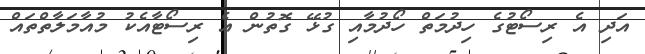
އަދި އެ ރިސޯޓުގެ ހިދުމަތް ހޯދުމާއި ގުޅޭ ގޮތުން އެ ރިސޯޓާއެކު މުއާމަލާތްތައް